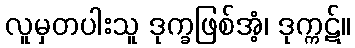
လူမှတပါးသူ ဒုက္ခဖြစ်အံ့၊ ဒုက္ကဋ်။